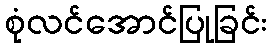
စုံလင်အောင်ပြုခြင်း